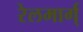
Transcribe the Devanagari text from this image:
रेलमार्ग्